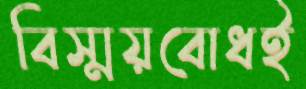
বিস্ময়বোধই